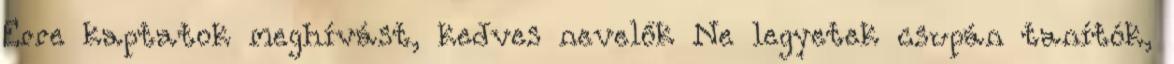
Erre kaptatok meghívást, kedves nevelők Ne legyetek csupán tanítók,